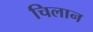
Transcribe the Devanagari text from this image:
चिलान